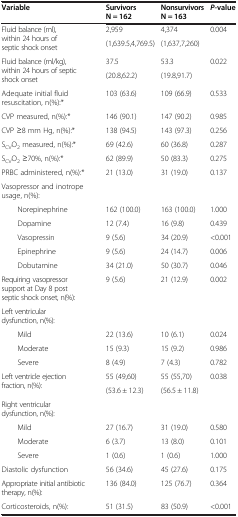
<table><thead><tr><td rowspan="2"><b>Variable</b></td><td><b>Survivors</b></td><td><b>Nonsurvivors</b></td><td rowspan="2"><b><i>P-</i>value</b></td></tr><tr><td><b>N = 162</b></td><td><b>N = 163</b></td></tr></thead><tbody><tr><td rowspan="2">Fluid balance (ml), within 24 hours of septic shock onset</td><td>2,959</td><td>4,374</td><td rowspan="2">0.004</td></tr><tr><td>(1,639.5,4,769.5)</td><td>(1,637,7,260)</td></tr><tr><td rowspan="2">Fluid balance (ml/kg), within 24 hours of septic shock onset</td><td>37.5</td><td>53.3</td><td rowspan="2">0.022</td></tr><tr><td>(20.8,62.2)</td><td>(19.8,91.7)</td></tr><tr><td>Adequate initial fluid resuscitation, n(%):*</td><td>103 (63.6)</td><td>109 (66.9)</td><td>0.533</td></tr><tr><td>CVP measured, n(%):*</td><td>146 (90.1)</td><td>147 (90.2)</td><td>0.985</td></tr><tr><td>CVP ≥8 mm Hg, n(%):*</td><td>138 (94.5)</td><td>143 (97.3)</td><td>0.256</td></tr><tr><td>S<sub>CV</sub>O<sub>2</sub> measured, n(%):*</td><td>69 (42.6)</td><td>60 (36.8)</td><td>0.287</td></tr><tr><td>S<sub>CV</sub>O<sub>2</sub> ≥70%, n(%):*</td><td>62 (89.9)</td><td>50 (83.3)</td><td>0.275</td></tr><tr><td>PRBC administered, n(%):*</td><td>21 (13.0)</td><td>31 (19.0)</td><td>0.137</td></tr><tr><td>Vasopressor and inotrope usage, n(%):</td><td> </td><td> </td><td> </td></tr><tr><td>Norepinephrine</td><td>162 (100.0)</td><td>163 (100.0)</td><td>1.000</td></tr><tr><td>Dopamine</td><td>12 (7.4)</td><td>16 (9.8)</td><td>0.439</td></tr><tr><td>Vasopressin</td><td>9 (5.6)</td><td>34 (20.9)</td><td>&lt;0.001</td></tr><tr><td>Epinephrine</td><td>9 (5.6)</td><td>24 (14.7)</td><td>0.006</td></tr><tr><td>Dobutamine</td><td>34 (21.0)</td><td>50 (30.7)</td><td>0.046</td></tr><tr><td>Requiring vasopressor support at Day 8 post septic shock onset, n(%):</td><td>9 (5.6)</td><td>21 (12.9)</td><td>0.002</td></tr><tr><td>Left ventricular dysfunction, n(%):</td><td> </td><td> </td><td> </td></tr><tr><td>Mild</td><td>22 (13.6)</td><td>10 (6.1)</td><td>0.024</td></tr><tr><td>Moderate</td><td>15 (9.3)</td><td>15 (9.2)</td><td>0.986</td></tr><tr><td>Severe</td><td>8 (4.9)</td><td>7 (4.3)</td><td>0.782</td></tr><tr><td rowspan="2">Left ventricle ejection fraction, n(%):</td><td>55 (49,60)</td><td>55 (55,70)</td><td rowspan="2">0.038</td></tr><tr><td>(53.6 ± 12.3)</td><td>(56.5 ± 11.8)</td></tr><tr><td>Right ventricular dysfunction, n(%):</td><td> </td><td> </td><td> </td></tr><tr><td>Mild</td><td>27 (16.7)</td><td>31 (19.0)</td><td>0.580</td></tr><tr><td>Moderate</td><td>6 (3.7)</td><td>13 (8.0)</td><td>0.101</td></tr><tr><td>Severe</td><td>1 (0.6)</td><td>1 (0.6)</td><td>1.000</td></tr><tr><td>Diastolic dysfunction</td><td>56 (34.6)</td><td>45 (27.6)</td><td>0.175</td></tr><tr><td>Appropriate initial antibiotic therapy, n(%):</td><td>136 (84.0)</td><td>125 (76.7)</td><td>0.364</td></tr><tr><td>Corticosteroids, n(%):</td><td>51 (31.5)</td><td>83 (50.9)</td><td>&lt;0.001</td></tr></tbody></table>